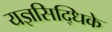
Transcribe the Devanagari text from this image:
यज्ञसिद्धिके